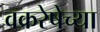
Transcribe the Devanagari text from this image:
वक्ररेषेच्या